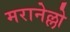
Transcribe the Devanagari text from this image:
मरानेल्लो